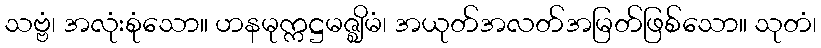
သဗ္ဗံ၊ အလုံးစုံသော။ ဟနမုက္ကဋ္ဌမဇ္ဈိမံ၊ အယုတ်အလတ်အမြတ်ဖြစ်သော။ သုတံ၊